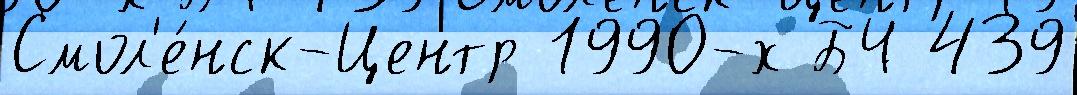
Смол'е́нск-Центр 1990-х БЧ 439